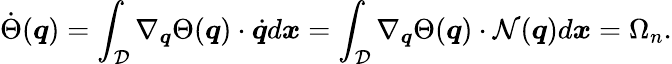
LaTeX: \dot{\Theta}(\boldsymbol{q})=\int_{\mathcal{D}}\nabla_{\boldsymbol{q}}\Theta(\boldsymbol{q})\cdot\dot{\boldsymbol{q}}d\boldsymbol{x}=\int_{\mathcal{D}}\nabla_{\boldsymbol{q}}\Theta(\boldsymbol{q})\cdot\mathcal{N}(\boldsymbol{q})d\boldsymbol{x}=\Omega_{n}.